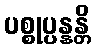
ပစ္စုပ္ပန္နန္တိ